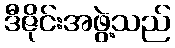
ဒီဇိုင်းအဖွဲ့သည်